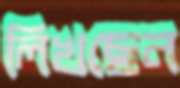
লিখছেন